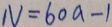
N = 6 0 a - 1